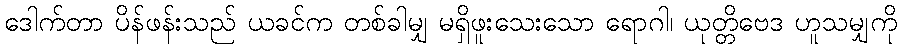
ဒေါက်တာ ပိန်ဖန်းသည် ယခင်က တစ်ခါမျှ မရှိဖူးသေးသော ရောဂါ၊ ယုတ္တိဗေဒ ဟူသမျှကို